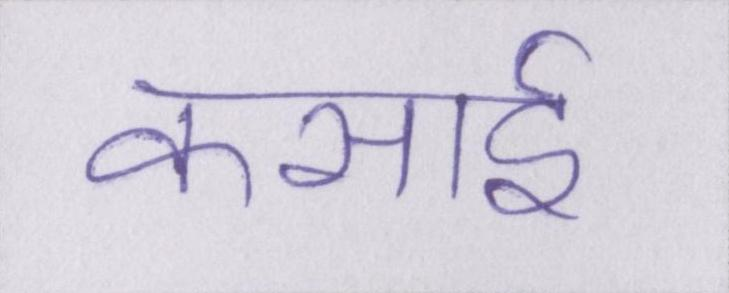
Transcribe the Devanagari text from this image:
कसाई